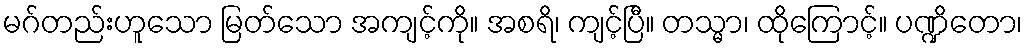
မဂ်တည်းဟူသော မြတ်သော အကျင့်ကို။ အစရိ၊ ကျင့်ပြီ။ တသ္မာ၊ ထိုကြောင့်။ ပဏ္ဍိတော၊